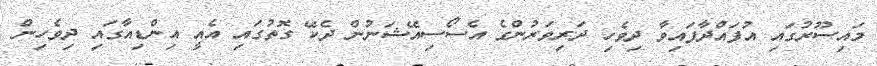
މައިސޫރުގައި އުފައްދާފައިވާ ދިވެހި ދަރިވަރުންގެ އެސޯސިއޭޝަނުން ދެކޭ ގޮތުގައި އެއީ އިންޑިއާގައި ދިވެހިން